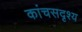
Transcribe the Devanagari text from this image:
कांचसदृश्य